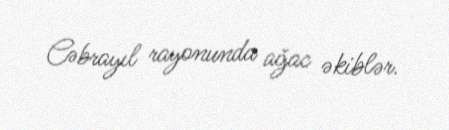
Cəbrayıl rayonunda ağac əkiblər.